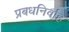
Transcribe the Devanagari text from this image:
प्रबधनिर्वाह